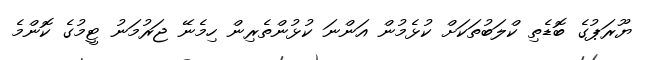
ޔޫރަޕުގެ ބޮޑެތި ކްލަބުތަކަށް ކުޅެމުން އަންނަ ކުޅުންތެރިން ހިމެނޭ ޖަރުމަނު ޓީމުގެ ކޮންމެ